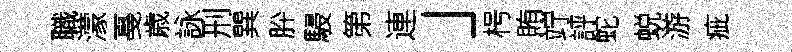
職濛戞歳詠刑巽肸駸第連」枵賄竚評蛇蜕游疵